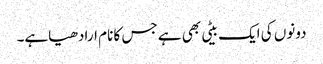
دونوں کی ایک بیٹی بھی ہے جس کا نام ارادھیاہے۔